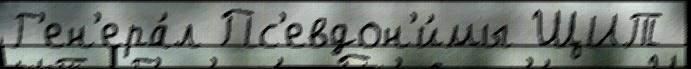
Г'ен'ера́л Пс'евдон'и́мы ЩИТ